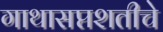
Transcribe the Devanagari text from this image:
गाथासप्तशतीचे